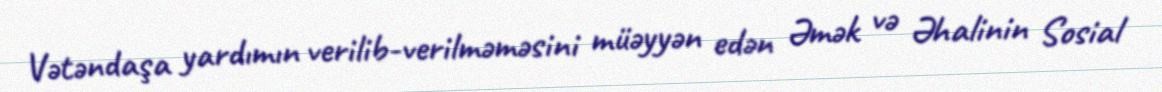
Vətəndaşa yardımın verilib-verilməməsini müəyyən edən Əmək və Əhalinin Sosial